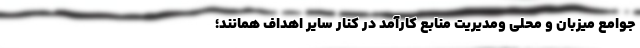
جوامع میزبان و محلی ومدیریت منابع کارآمد در کنار سایر اهداف همانند؛